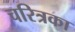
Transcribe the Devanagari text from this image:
चरित्रका